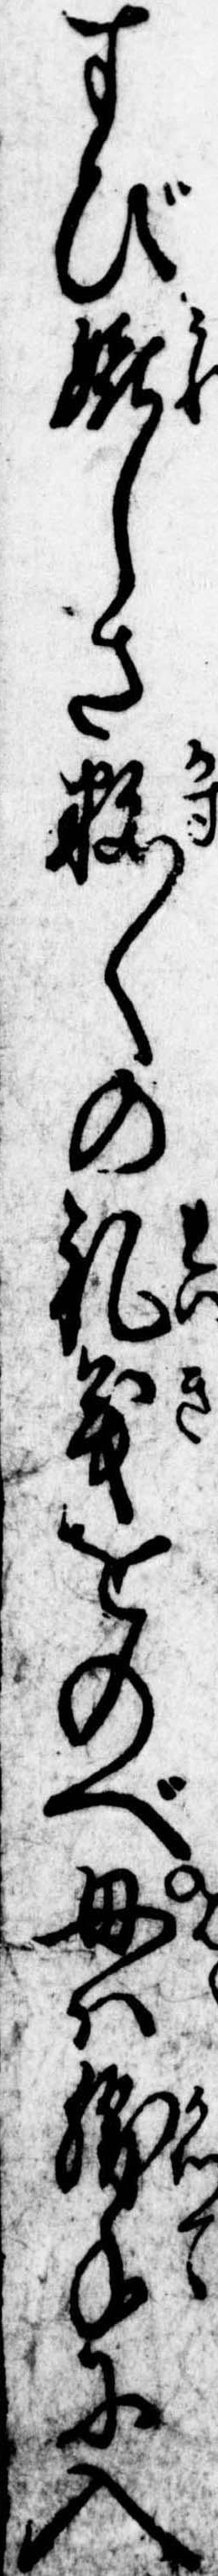
すび嬉しき数〱の礼義をのべ母は勝手に入